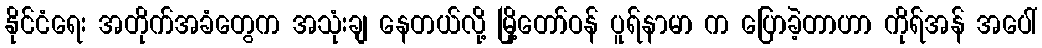
နိုင်ငံရေး အတိုက်အခံတွေက အသုံးချ နေတယ်လို့ မြို့တော်ဝန် ပူရ်နာမာ က ပြောခဲ့တာဟာ ကိုရ်အန် အပေါ်